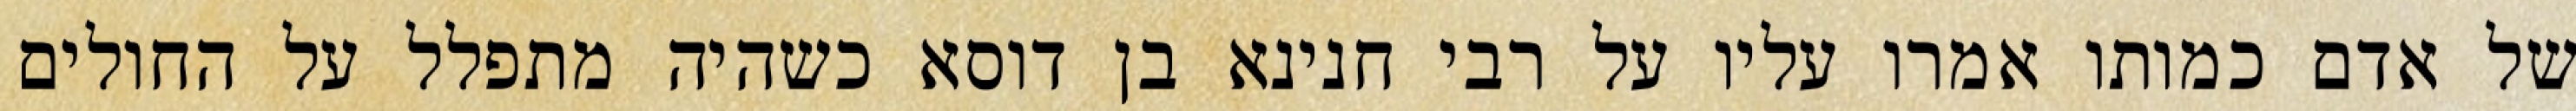
של אדם כמותו אמרו עליו על רבי חנינא בן דוסא כשהיה מתפלל על החולים